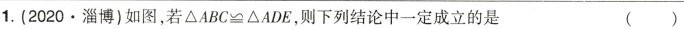
1.(2020·淄博)如图，若$$\triangle